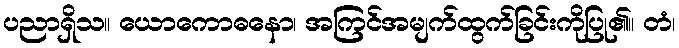
ပညာရှိသ။ ယောကောဓနော၊ အကြင်အမျက်ထွက်ခြင်းကိုပြု၏။ တံ၊